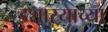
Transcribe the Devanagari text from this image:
इशाऱ्याच्या